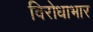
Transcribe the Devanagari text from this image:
विरोधाभार